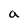
Character: a